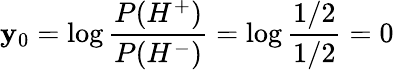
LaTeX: \mathbf{y}_{0}=\log\frac{{P(H^{+})}}{{P(H^{-})}}=\log\frac{{1/2}}{{1/2}}=0